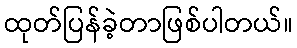
ထုတ်ပြန်ခဲ့တာဖြစ်ပါတယ်။